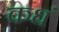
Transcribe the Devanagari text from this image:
कधं